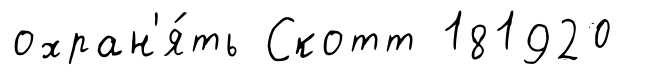
охран'я́ть Скотт 181920